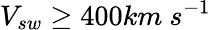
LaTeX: V_{sw}\geq 400km~s^{-1}